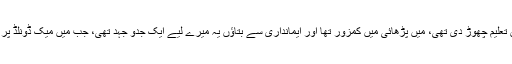
انیل مسرت نے بتایا کہ میں نے 17 سال کی عمر میں تعلیم چھوڑ دی تھی، میں پڑھائی میں کمزور تھا اور ایمانداری سے بتاؤں یہ میرے لیے ایک جدو جہد تھی، جب میں میک ڈونلڈ پر کام کرتا تھا اس وقت میں نے ٹیکسی چلانے کا سوچا۔